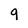
Character: 9